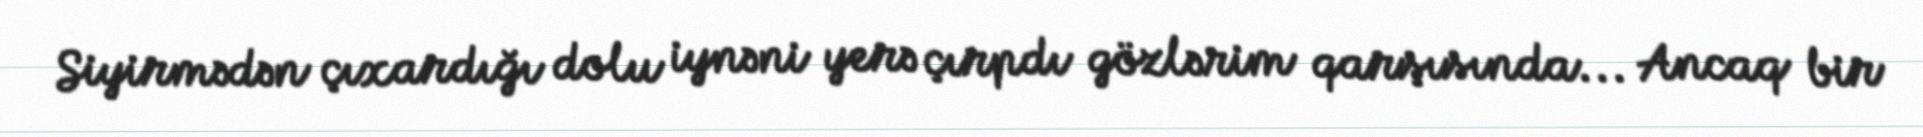
Siyirmədən çıxardığı dolu iynəni yerə çırpdı gözlərim qarşısında... Ancaq bir